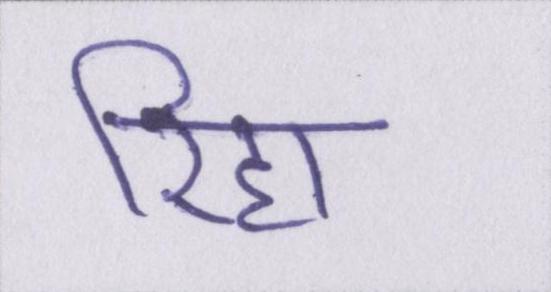
रिहा